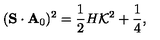
( { \bf S } \cdot { \bf A } _ { 0 } ) ^ { 2 } = \mathrm { \frac { 1 } { 2 } } H { \cal K } ^ { 2 } + \mathrm { \frac { 1 } { 4 } } ,